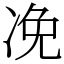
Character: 凂